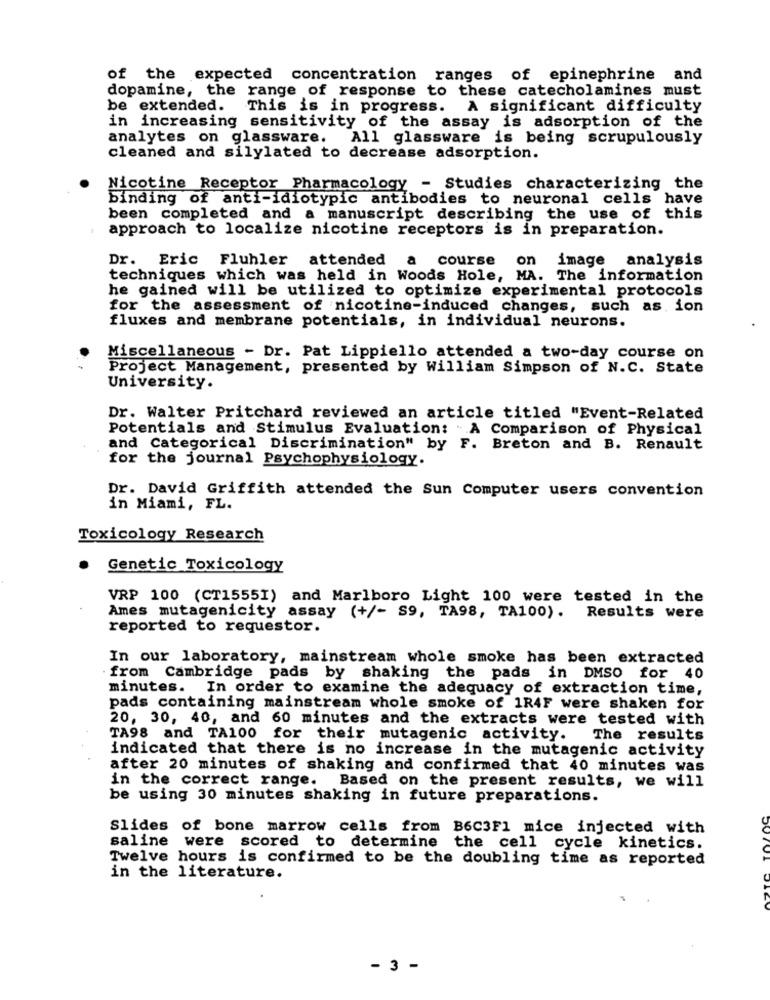
of the expected concentration ranges of epinephrine and
dopamine, the range of response to these catecholamines must
be extended. This is in progress. A significant difficulty
in increasing sensitivity of the assay is adsorption of the
analytes on glassware.
All glassware is being scrupulously
cleaned and silylated to decrease adsorption.
Nicotine Receptor Pharmacology - Studies characterizing the
binding of anti-idiotypic antibodies to neuronal cells have
been completed and a manuscript describing the use of this
approach to localize nicotine receptors is in preparation.
Dr. Eric Fluhler attended a course on image analysis
techniques which was held in Woods Hole, MA. The information
he gained will be utilized to optimize experimental protocols
for the assessment of nicotine-induced changes, such as ion
fluxes and membrane potentials, in individual neurons.
Miscellaneous - Dr. Pat Lippiello attended a two-day course on
Project Management, presented by William Simpson of N.C. State
University.
Dr. Walter Pritchard reviewed an article titled "Event-Related
Potentials and Stimulus Evaluation: A Comparison of Physical
and Categorical Discrimination" by F. Breton and B. Renault
for the journal Psychophysiology.
Dr. David Griffith attended the Sun Computer users convention
in Miami, FL.
Toxicology Research
Genetic Toxicology
VRP 100 (CT1555I) and Marlboro Light 100 were tested in the
Ames mutagenicity assay (+/- S9, TA98, TA100). Results were
reported to requestor.
In our laboratory, mainstream whole smoke has been extracted
from Cambridge pads by shaking the pads in DMSO for 40
minutes. In order to examine the adequacy of extraction time,
pads containing mainstream whole smoke of 1R4F were shaken for
20, 30, 40, and 60 minutes and the extracts were tested with
TA98 and TA100 for their mutagenic activity. The results
indicated that there is no increase in the mutagenic activity
after 20 minutes of shaking and confirmed that 40 minutes was
in the correct range. Based on the present results, we will
be using 30 minutes shaking in future preparations.
Slides of bone marrow cells from B6C3F1 mice injected with
saline were scored to determine the cell cycle kinetics.
Twelve hours is confirmed to be the doubling time as reported
in the literature.
- 3 -